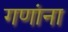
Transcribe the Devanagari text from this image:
गणांना